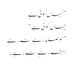
" کہاں کوئی ہے
جہاں کوئی ہے "
" حوصلہ رہے نہ رہے
رابطہ رہے نہ رہے ۔